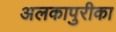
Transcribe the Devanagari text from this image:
अलकापुरीका